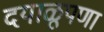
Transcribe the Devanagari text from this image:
दयाळूपणा